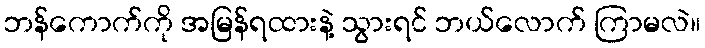
ဘန်ကောက်ကို အမြန်ရထားနဲ့ သွားရင် ဘယ်လောက် ကြာမလဲ။